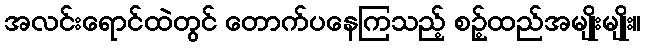
အလင်းရောင်ထဲတွင် တောက်ပနေကြသည့် စဉ့်ထည်အမျိုးမျိုး။